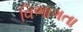
વિભાગતા